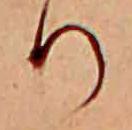
り